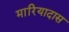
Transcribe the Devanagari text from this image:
मारियादास